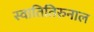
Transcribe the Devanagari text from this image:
स्वातितिरुनाल